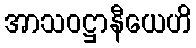
အာသဝဋ္ဌာနီယေဟိ